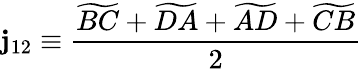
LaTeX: \mathbf{j}_{12}\equiv\frac{{\widetilde{{BC}}+\widetilde{{DA}}+\widetilde{{AD}}+\widetilde{{CB}}}}{{2}}